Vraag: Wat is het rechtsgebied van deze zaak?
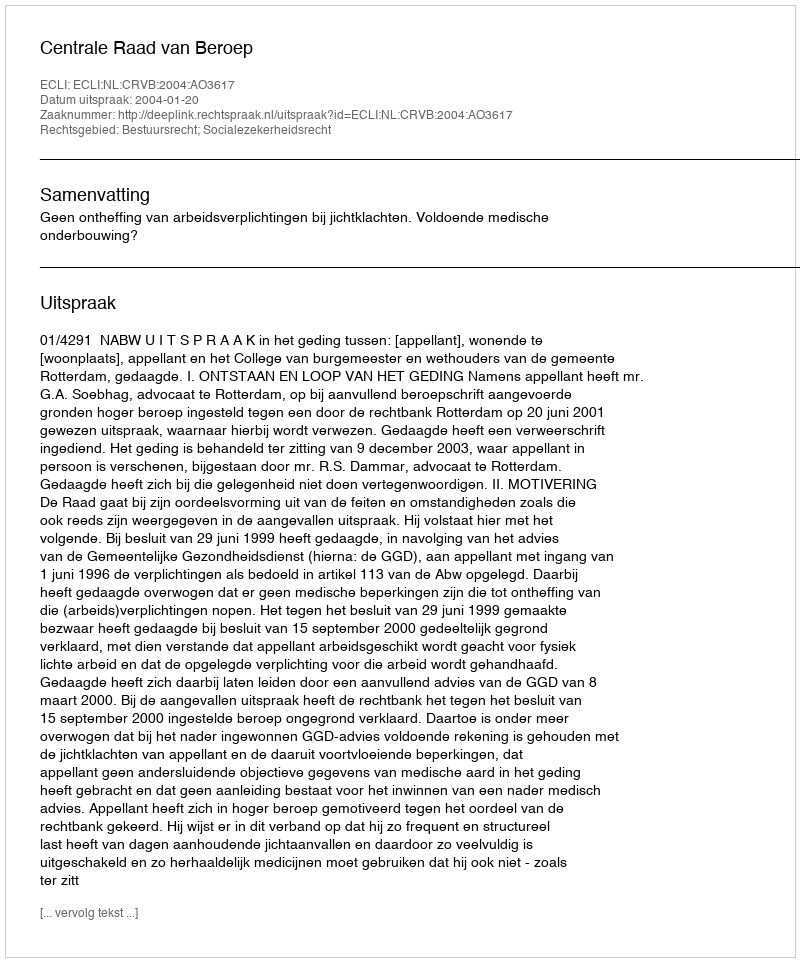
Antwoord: Bestuursrecht; Socialezekerheidsrecht